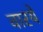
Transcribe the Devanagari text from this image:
वारये